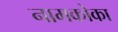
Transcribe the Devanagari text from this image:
नामकोका